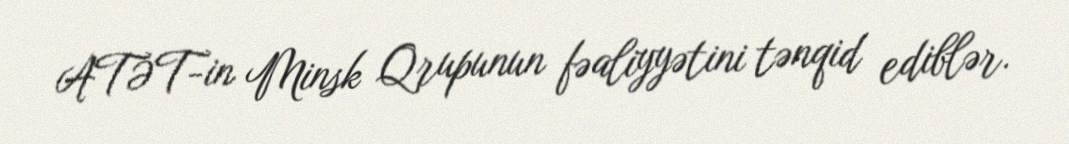
ATƏT-in Minsk Qrupunun fəaliyyətini tənqid ediblər.